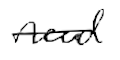
Text: need
Cross-out: single-line
Writing tool: digital_black